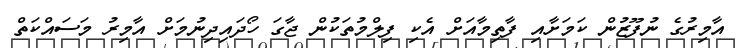
އާމިރުގެ ނުފޫޒުން ކަމަށާއި ފާތިމާއަށް އެކި ފިލްމުތަކުން ޖާގަ ހޯދައިދިނުމަށް އާމިރު މަސައްކަތް